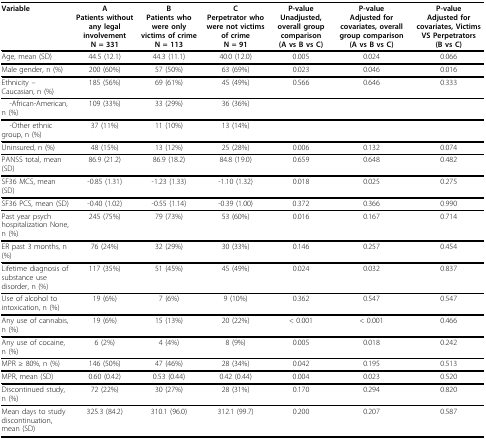
<table><thead><tr><td><b>Variable</b></td><td><b>APatients without any legal involvementN = 331</b></td><td><b>BPatients who were only victims of crimeN = 113</b></td><td><b>CPerpetrator who were not victims of crimeN = 91</b></td><td><b>P-valueUnadjusted, overall group comparison(A vs B vs C)</b></td><td><b>P-valueAdjusted for covariates, overall group comparison(A vs B vs C)</b></td><td><b>P-valueAdjusted for covariates, Victims VS Perpetrators(B vs C)</b></td></tr></thead><tbody><tr><td>Age, mean (SD)</td><td>44.5 (12.1)</td><td>44.3 (11.1)</td><td>40.0 (12.0)</td><td>0.005</td><td>0.024</td><td>0.066</td></tr><tr><td>Male gender, n (%)</td><td>200 (60%)</td><td>57 (50%)</td><td>63 (69%)</td><td>0.023</td><td>0.046</td><td>0.016</td></tr><tr><td>Ethnicity -- Caucasian, n (%)</td><td>185 (56%)</td><td>69 (61%)</td><td>45 (49%)</td><td>0.566</td><td>0.646</td><td>0.333</td></tr><tr><td> -African-American, n (%)</td><td>109 (33%)</td><td>33 (29%)</td><td>36 (36%)</td><td></td><td></td><td></td></tr><tr><td> -Other ethnic group, n (%)</td><td>37 (11%)</td><td>11 (10%)</td><td>13 (14%)</td><td></td><td></td><td></td></tr><tr><td>Uninsured, n (%)</td><td>48 (15%)</td><td>13 (12%)</td><td>25 (28%)</td><td>0.006</td><td>0.132</td><td>0.074</td></tr><tr><td>PANSS total, mean (SD)</td><td>86.9 (21.2)</td><td>86.9 (18.2)</td><td>84.8 (19.0)</td><td>0.659</td><td>0.648</td><td>0.482</td></tr><tr><td>SF36 MCS, mean (SD)</td><td>-0.85 (1.31)</td><td>-1.23 (1.33)</td><td>-1.10 (1.32)</td><td>0.018</td><td>0.025</td><td>0.275</td></tr><tr><td>SF36 PCS, mean (SD)</td><td>-0.40 (1.02)</td><td>-0.55 (1.14)</td><td>-0.39 (1.00)</td><td>0.372</td><td>0.366</td><td>0.990</td></tr><tr><td>Past year psych hospitalization None, n (%)</td><td>245 (75%)</td><td>79 (73%)</td><td>53 (60%)</td><td>0.016</td><td>0.167</td><td>0.714</td></tr><tr><td>ER past 3 months, n (%)</td><td>76 (24%)</td><td>32 (29%)</td><td>30 (33%)</td><td>0.146</td><td>0.257</td><td>0.454</td></tr><tr><td>Lifetime diagnosis of substance use disorder, n (%)</td><td>117 (35%)</td><td>51 (45%)</td><td>45 (49%)</td><td>0.024</td><td>0.032</td><td>0.837</td></tr><tr><td>Use of alcohol to intoxication, n (%)</td><td>19 (6%)</td><td>7 (6%)</td><td>9 (10%)</td><td>0.362</td><td>0.547</td><td>0.547</td></tr><tr><td>Any use of cannabis, n (%)</td><td>19 (6%)</td><td>15 (13%)</td><td>20 (22%)</td><td>&lt; 0.001</td><td>&lt; 0.001</td><td>0.466</td></tr><tr><td>Any use of cocaine, n (%)</td><td>6 (2%)</td><td>4 (4%)</td><td>8 (9%)</td><td>0.005</td><td>0.018</td><td>0.242</td></tr><tr><td>MPR ≥ 80%, n (%)</td><td>146 (50%)</td><td>47 (46%)</td><td>28 (34%)</td><td>0.042</td><td>0.195</td><td>0.513</td></tr><tr><td>MPR, mean (SD)</td><td>0.60 (0.42)</td><td>0.53 (0.44)</td><td>0.42 (0.44)</td><td>0.004</td><td>0.023</td><td>0.520</td></tr><tr><td>Discontinued study, n (%)</td><td>72 (22%)</td><td>30 (27%)</td><td>28 (31%)</td><td>0.170</td><td>0.294</td><td>0.820</td></tr><tr><td>Mean days to study discontinuation, mean (SD)</td><td>325.3 (84.2)</td><td>310.1 (96.0)</td><td>312.1 (99.7)</td><td>0.200</td><td>0.207</td><td>0.587</td></tr></tbody></table>